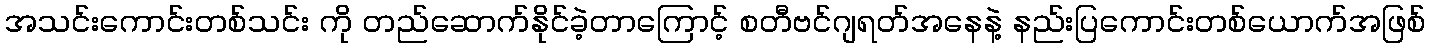
အသင်းကောင်းတစ်သင်း ကို တည်ဆောက်နိုင်ခဲ့တာကြောင့် စတီဗင်ဂျရတ်အနေနဲ့ နည်းပြကောင်းတစ်ယောက်အဖြစ်